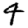
Digit: 4